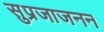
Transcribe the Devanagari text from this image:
सुप्रजाजनन